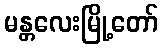
မန္တလေးမြို့တော်